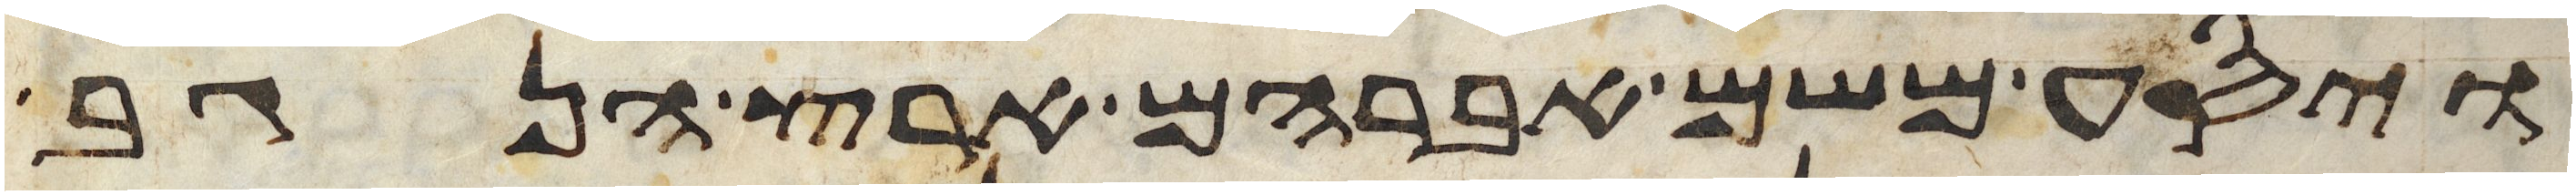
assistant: ויסע משם אברהם ארץ הנגב